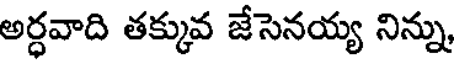
అర్ధవాది తక్కువ జేసెనయ్య నిన్ను